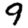
Digit: 9